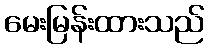
မေးမြန်းထားသည်